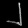
Digit: ၂